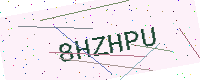
Text: 8HZHPU